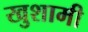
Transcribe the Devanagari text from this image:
खुशामी